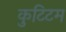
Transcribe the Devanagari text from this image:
कुटिटम